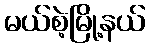
မယ်စဲ့မြို့နယ်